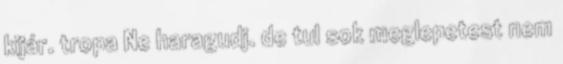
kijár. tropa Ne haragudj. de tul sok meglepetest nem